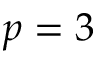
p = 3